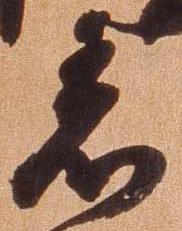
着